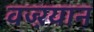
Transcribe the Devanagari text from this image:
वज्ऱयान